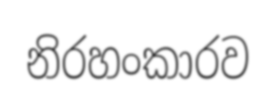
නිරහංකාරව